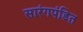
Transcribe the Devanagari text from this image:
सारंगपंडित